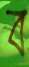
ব